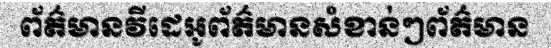
ព័ត៌មានវីដេអូព័ត៌មានសំខាន់ៗព័ត៌មាន